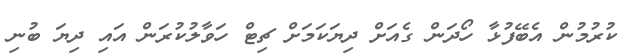
ކުރުމުން އެބޭފުޅާ ހޯދަން ގެއަށް ދިޔަކަމަށް ޗިޓް ހަވާލުކުރަން އައި ދިޔަ ބުނި